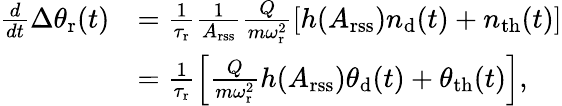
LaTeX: \begin{array}{rl}{\frac{d}{dt}\Delta\theta_{\mathrm{r}}(t)}&{=\frac{1}{\tau_{\mathrm{r}}}\frac{1}{A_{\mathrm{rss}}}\frac{Q}{m\omega_{\mathrm{r}}^{2}}[h(A_{\mathrm{rss}})n_{\mathrm{d}}(t)+n_{\mathrm{th}}(t)]}\\ &{=\frac{1}{\tau_{\mathrm{r}}}\left[\frac{Q}{m\omega_{\mathrm{r}}^{2}}h(A_{\mathrm{rss}})\theta_{\mathrm{d}}(t)+\theta_{\mathrm{th}}(t)\right],}\end{array}